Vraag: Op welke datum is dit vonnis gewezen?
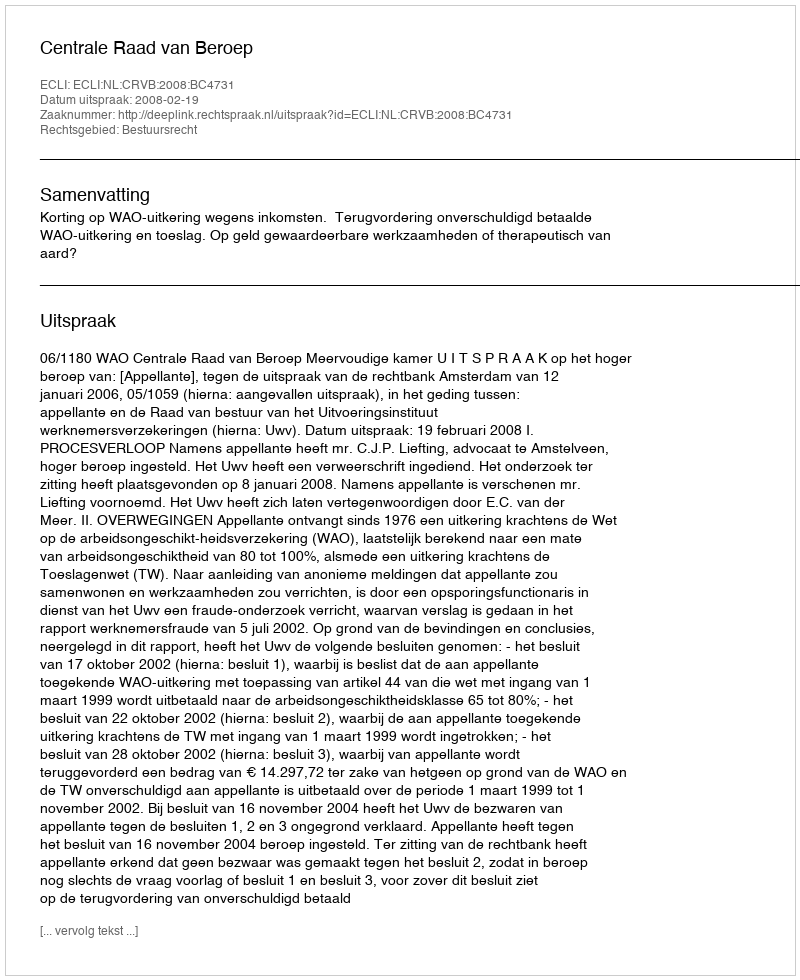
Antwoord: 2008-02-19